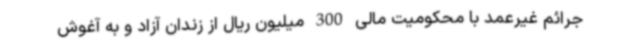
جرائم غیرعمد با محکومیت مالی 300 میلیون ریال از زندان آزاد و به آغوش